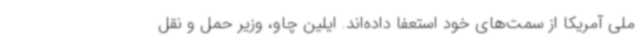
ملی آمریکا از سمت‌های خود استعفا داده‌اند. ایلین چاو، وزیر حمل و نقل